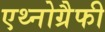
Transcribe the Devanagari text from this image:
एथ्नोग्रैफी